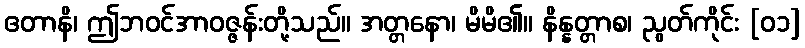
ဧတာနိ၊ ဤဘဝင်အာဝဇ္ဇန်းတို့သည်။ အတ္တနော၊ မိမိ၏။ နိန္နတ္တာစ၊ ညွတ်ကိုင်း [၀၁]